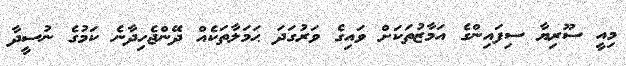
މިއީ ސޫރިޔާ ސިފައިންގެ އަމާޒުތަކަށް ވައިގެ ވަރުގަދަ ޙަމަލާތަކެއް ދޭންޖެހިދާނެ ކަމުގެ ނުސީދާ